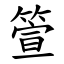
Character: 箮